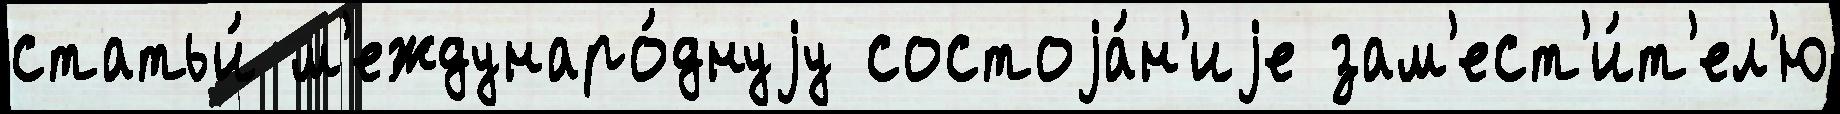
статьи́ м'еждунаро́днуjу состоjа́н'иjе зам'ест'и́т'ел'ю